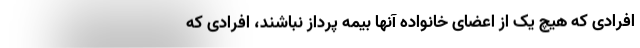
افرادی که هیچ یک از اعضای خانواده آنها بیمه پرداز نباشند، افرادی که